Report of the veterinary officer investigating camel disease
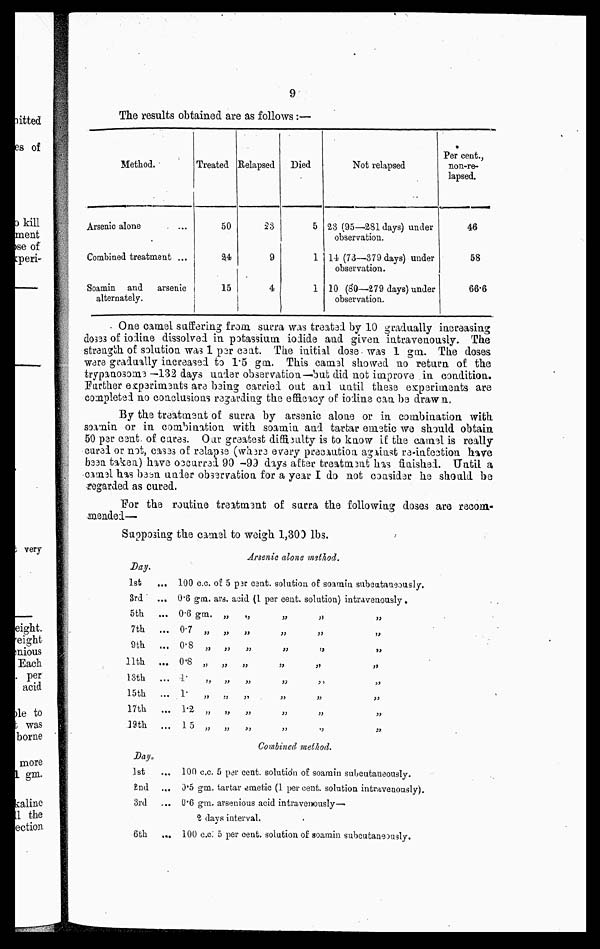
9
The results obtained are as follows:—
Method.
Arsenic alone
Combined treatment ...
Soamin and
arsenic
alternately.
Treated
50
24
15
Kelapsed
23
9
4
Died
5
1
1
Not relapsed
23 (95—281 days) under
observation.
14 (73—379 days) under
observation.
10 (80—279 days) under
observation.
Per cent.,
non-re-
lapsed.
46
58
66.6
One camel suffering from surra was treatsd by 10 gradually increasing
doses of iodine dissolved in potassium iodide and given intravenously. The
strength of solution was 1 per cent. The initial dose was 1 gm. The doses
ware gradually increased to 1.5 gm. This camel showed no return of the
trypanosome —132 days under observation—-bub did not improve in condition.
Further experiments are being carried out and until these expsriinents are
completed no conclusions regarding the efficacy of iodine can be drawn,
By the treatmsnt of surra by arsenic alone or in combination with
soamin or in combination with soamin and tartar emstic we should obtain
50 per cent of cures. Our greatest difficulty is to know if the camel is really
cured or not, casss of relapse (where every precaution aganst re-infection have
been taken) have occurrsd 90-99 days after treatment has finished. Until a
came1 has been under obssrvation for a year I do not consider he should be
regarded as cured.
"For the routine treatmonti of surra the following doses are reeom-
mended—
Supposing the camel to weigh 1,300 lbs.
Arsenic alone method.
Day.
1st
3rd
5th
7th
9th
11th
13th
15th
17th
19th
...
...
...
...
...
...
...
...
...
...
100 c.c.
0.6 gm.
0.6 gm.
0.7 „
0.8 „
0.8 „
1
„
1
„
1.2 „
15 „
of 5
ars.
„
„
„
„
„
„
„
„
per cent. solutio
acid (1 per cent.
„
„
„
„
„
„
„
„
„
„
„
„
„
„
„
„
a of soamin subcutaneously.
solution) intravenously.
„
„
„
„
„
„
„
„
„
„
„
„
„
„
„
„
Combined method.
Day.
1st
...
2nd ...
3rd
...
6th
...
100 c.c. 5 per cent, solutidn of soamin subcutaneously.
0.5 gm. tartar emetic (1 per cent, solution intravenously).
0.6 gm. arsenious acid intravenously—
2 days interval,
100 c.c. 5 per cent, solution of soamin subcufcaneougly.